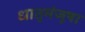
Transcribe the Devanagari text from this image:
धातुमंजूषा